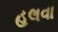
હલવા